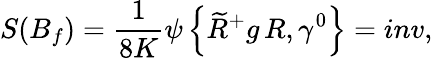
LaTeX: S(B_{f})=\frac{1}{8K}\psi\left\{ \widetilde{R}^{+}g\, R,\gamma^{0}\right\} =inv,